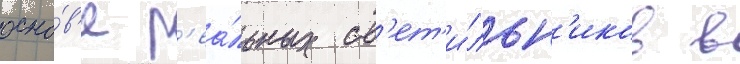
осно́в'е р'еа́льных св'ет'и́льн'иков в